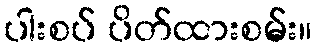
ပါးစပ် ပိတ်ထားစမ်း။